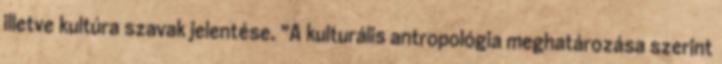
illetve kultúra szavak jelentése. "A kulturális antropológia meghatározása szerint